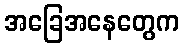
အခြေအနေတွေက